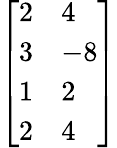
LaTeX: \left[\begin{array}{ll}{2}&{4}\\ {3}&{-8}\\ {1}&{2}\\ {2}&{4}\end{array}\right]